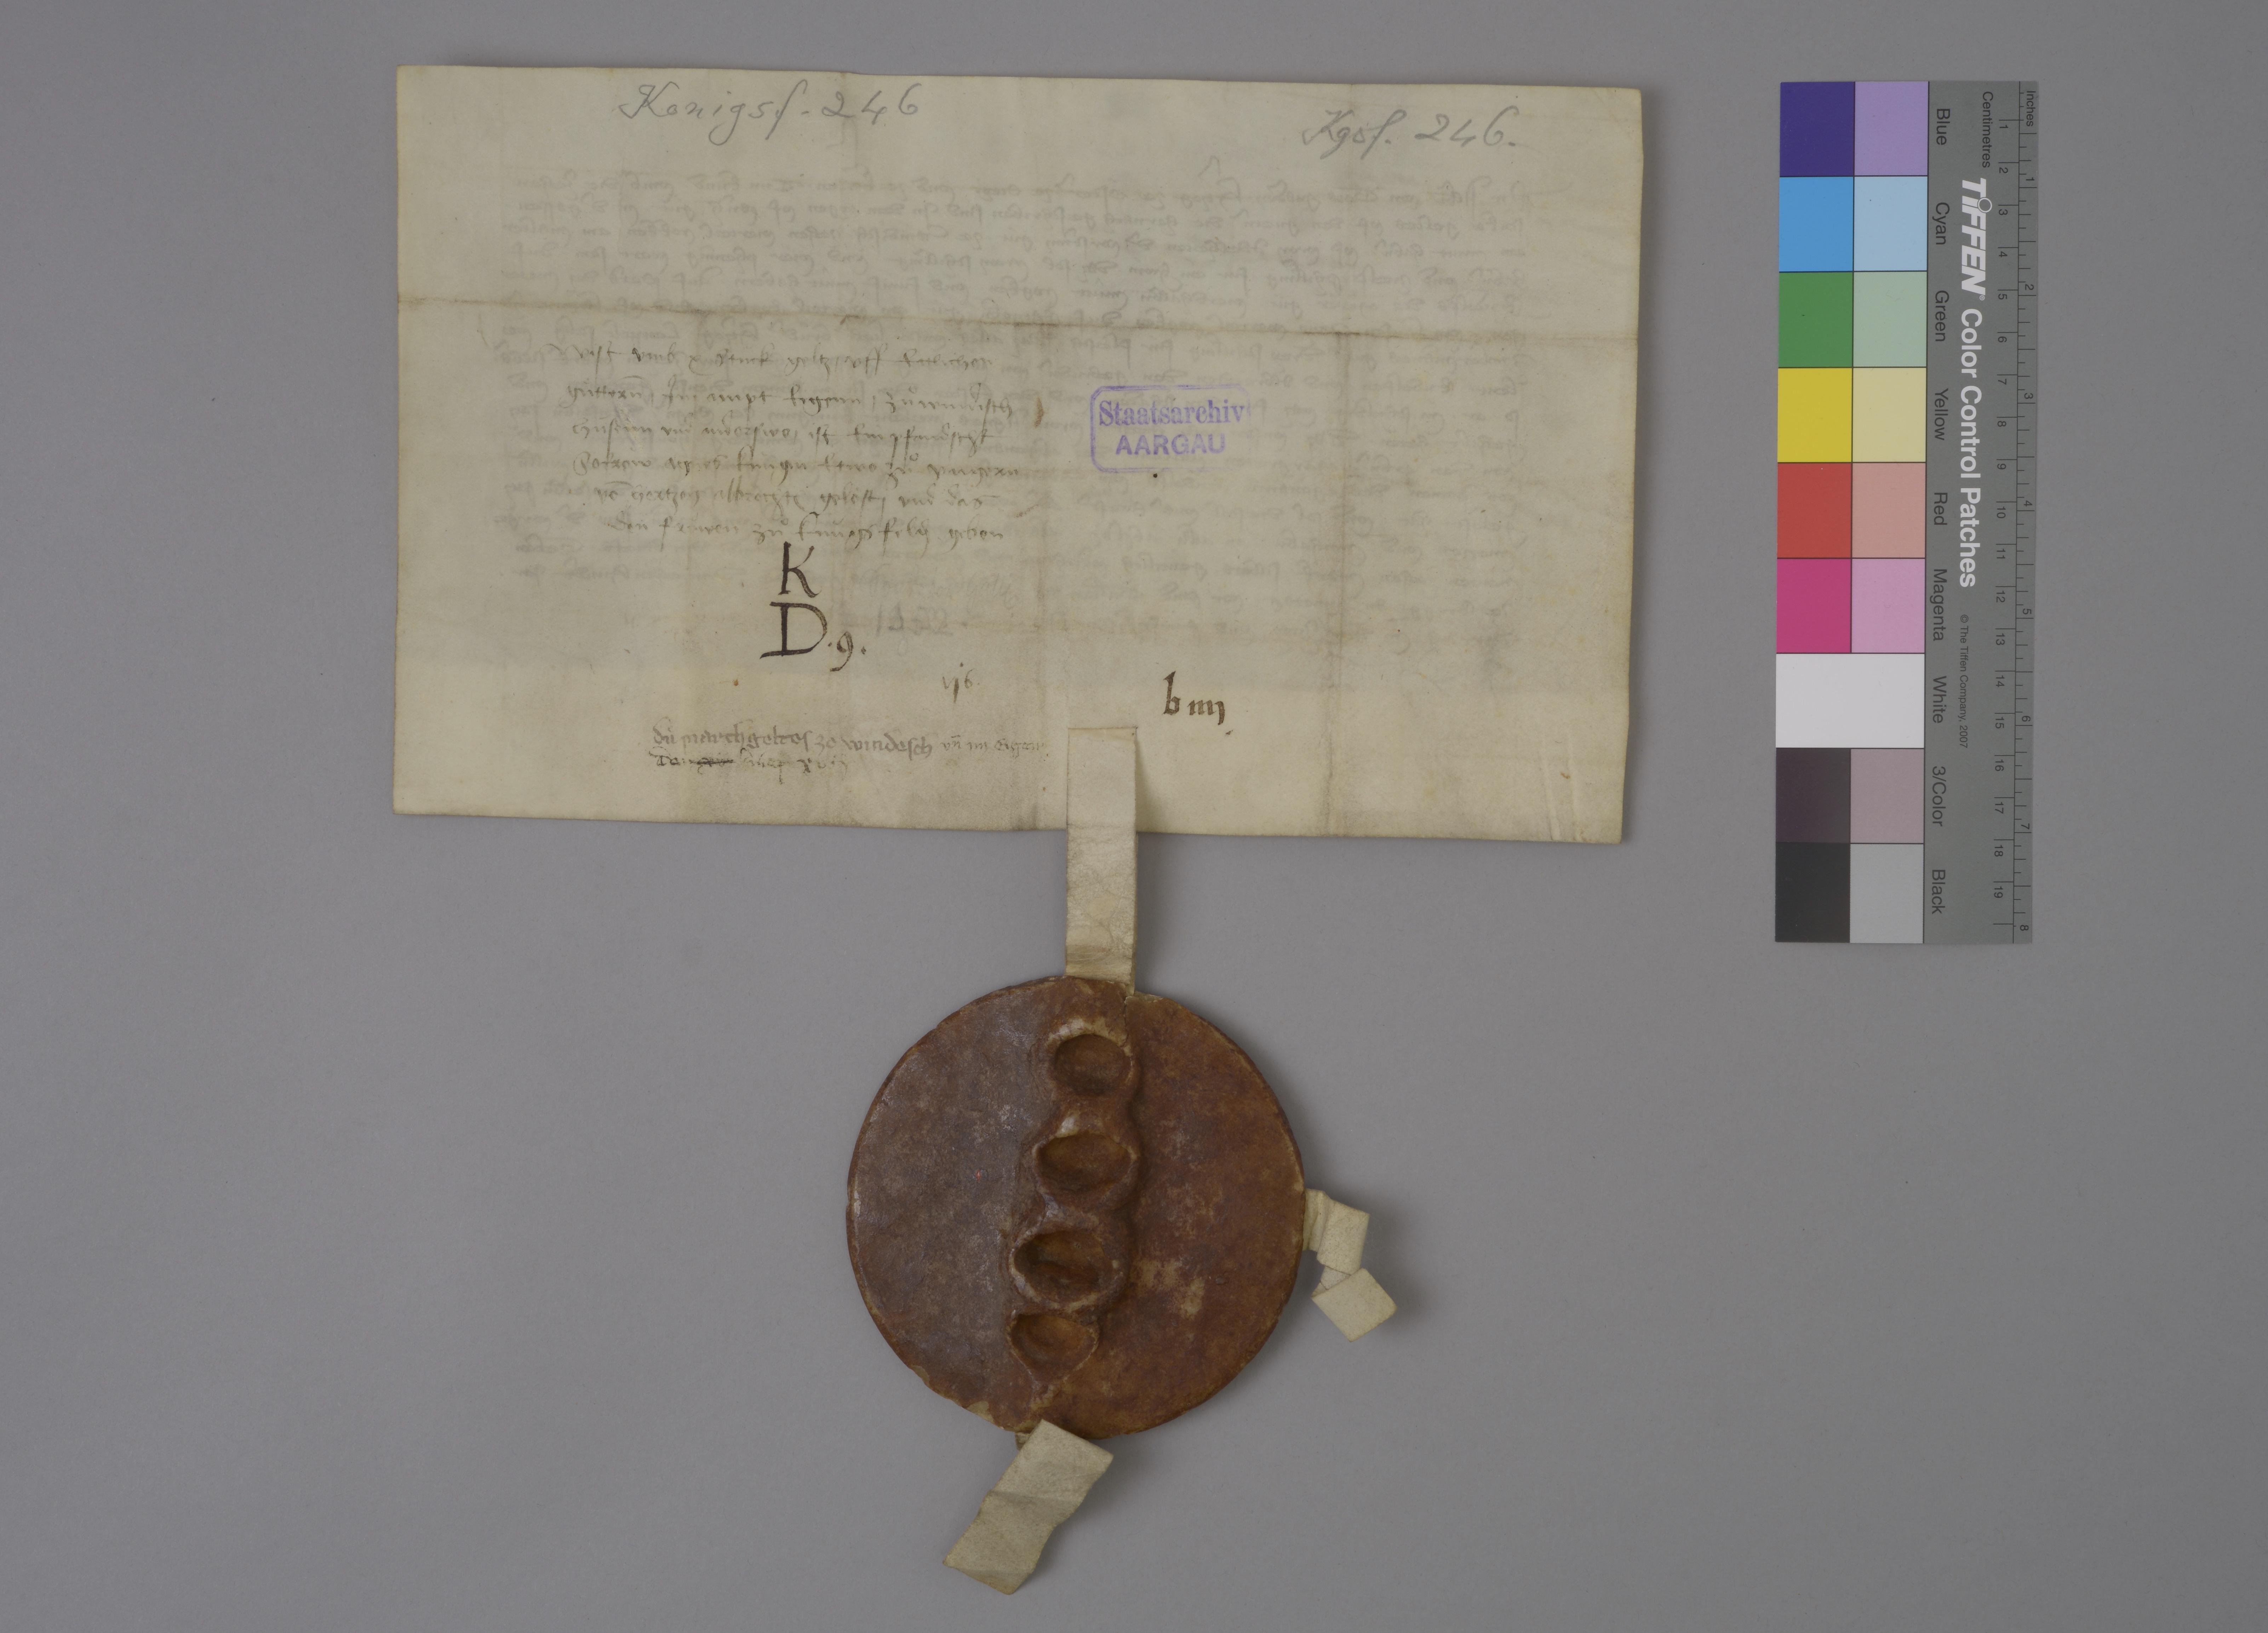
Transcription:
Konigsf. 246

Sont: vor Galli
✳

Kgsf. 246 .

wist umb x stuͦck geltz ✳ uff ettlichen
guͤtter̄n ✳ im ampt Eigenn ✳ zuͦ Windisch
Hùsenn und anderswo ✳ ist ein pfandscht
so fròw Agnes kùngin ✳ etwo zuͦ Ungern
vō hertzog Albrecht₎ geloͤst ✳ und das
den fròwen zuͦ Kùngsfeld₎ geben

Staatsarchiv
AARGAU

K
D ✳ 9 ✳

1352

vj b✳

b iiij

dù march geltes ze Windisch

un̄ im Eigen
der xv brief xvij